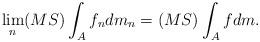
LaTeX: \begin{align*}\lim_n (MS)\int_{A} f_ndm_n = (MS)\int_{A} fdm.\end{align*}